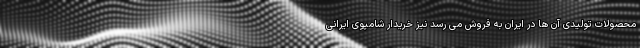
محصولات تولیدی آن ها در ایران به فروش می رسد نیز خریدار شامپوی ایرانی